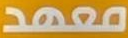
معهد